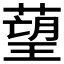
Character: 𦹑